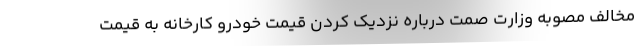
مخالف مصوبه وزارت صمت درباره نزدیک کردن قیمت خودرو کارخانه به قیمت